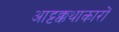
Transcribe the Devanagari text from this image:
आट्टक्कथाकारों